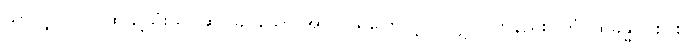
သာလျှင်။ ဝါ၊ ထိုသို့သုံးသပ်ဆင်ခြင်သော အာလယကြောင့်ပင်လျှင်။ တနည်း။ တံ၊ ထိုခန္ဓာငါးပါး